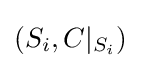
\left(S_{i},C|_{S_{i}}\right)